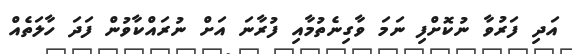
އަދި ފަރުވާ ނުކޮށްފި ނަމަ ވާގިނެތުމާއި ފުރާނަ އަށް ނުރައްކާވުން ފަދަ ހާލަތެއް